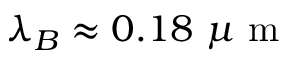
\lambda _ { B } \approx 0 . 1 8 \mathrm { ~ } \mu \mathrm { ~ m ~ }